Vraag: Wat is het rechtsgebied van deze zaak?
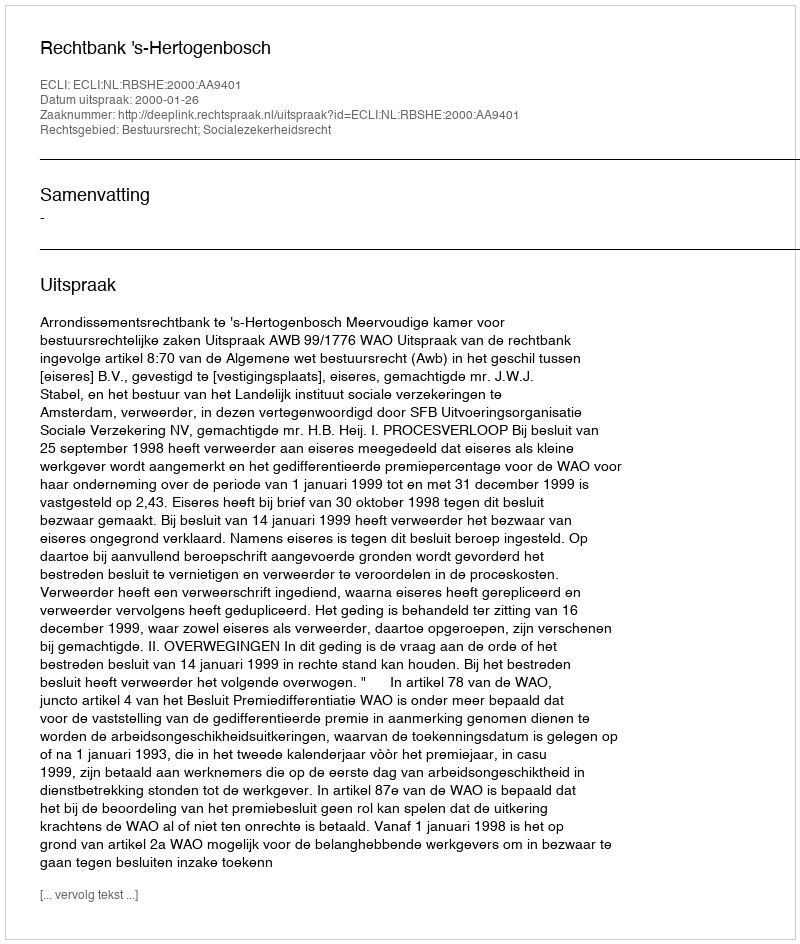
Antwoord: Bestuursrecht; Socialezekerheidsrecht